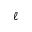
\ell